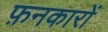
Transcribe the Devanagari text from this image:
फ़नकारों